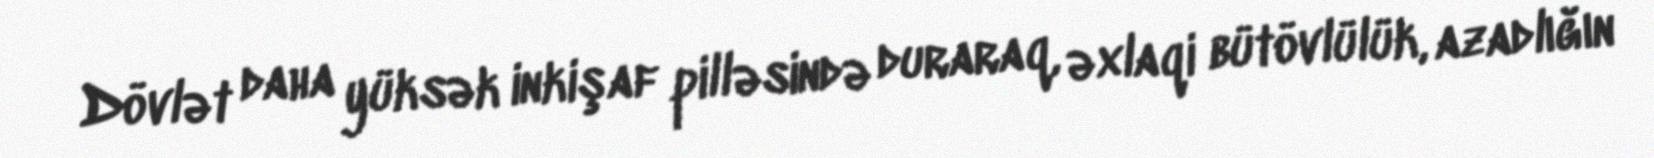
Dövlət daha yüksək inkişaf pilləsində duraraq, əxlaqi bütövlülük, azadlığın